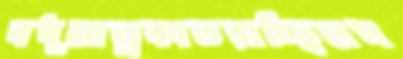
বধূমাত্রকাতরাচ্ছিলপ